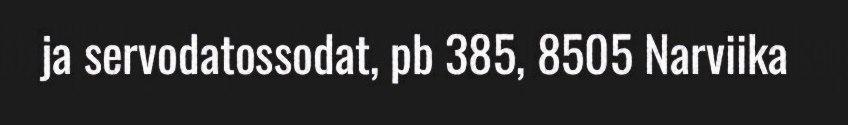
ja servodatossodat, pb 385, 8505 Narviika